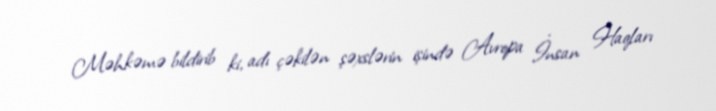
Məhkəmə bildirib ki, adı çəkilən şəxslərin işində Avropa İnsan Haqları